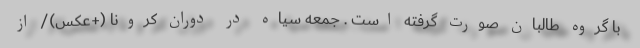
با گروه طالبان صورت گرفته است . جمعه سیاه در دوران کرونا (+عکس)/ از